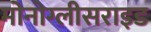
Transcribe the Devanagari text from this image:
मोनोग्लीसराइड